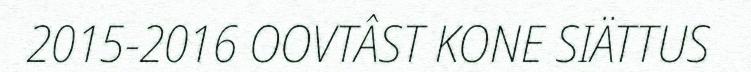
2015-2016 OOVTÂST KONE SIÄTTUS